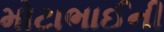
મોટાભાઈની